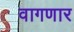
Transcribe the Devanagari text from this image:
वागणार